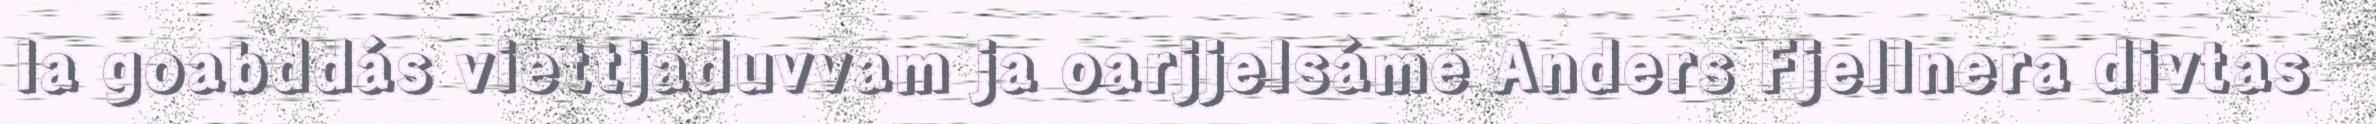
la goabddás viettjaduvvam ja oarjjelsáme Anders Fjellnera divtas